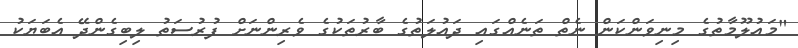
"މައުލޫމާތުގެ މިނިވަންކަަން ނެތް ތަނެއްގައި ދައުލަތުގެ ބާރުތަކުގެ ވެރިންނަށް ފުރުސަތު ލިބިގެންދޭ އެބަޔަކު